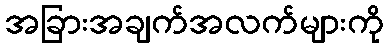
အခြားအချက်အလက်များကို